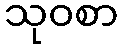
သုဝစာ